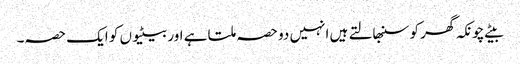
بیٹے چونکہ گھر کو سنبھالتے ہیں انہیں دو حصہ ملتا ہے اور بیٹیوں کو ایک حصہ۔